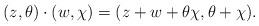
LaTeX: \begin{align*}(z,\theta) \cdot (w,\chi) = (z+w+\theta\chi,\theta+\chi).\end{align*}